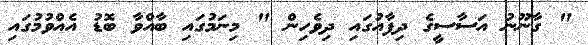
" ގާނޫނު އަސާސީގެ ދިފާއުގައި ދިވެހިން " މިނަމުގައި ބާއްވާ ބޮޑު އެއްވުމުގައި